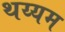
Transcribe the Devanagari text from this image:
थय्यम